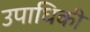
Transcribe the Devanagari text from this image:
उपाधिकी